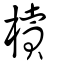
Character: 櫝